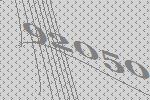
92050